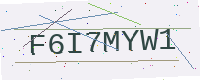
Text: F6I7MYW1